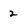
Character: 2